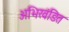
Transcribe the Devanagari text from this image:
अभिखंडित